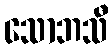
သောဘသီ